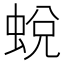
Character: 蛻